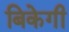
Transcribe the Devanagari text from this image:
बिकेगी